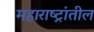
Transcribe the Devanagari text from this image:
महाराष्ट्रांतील